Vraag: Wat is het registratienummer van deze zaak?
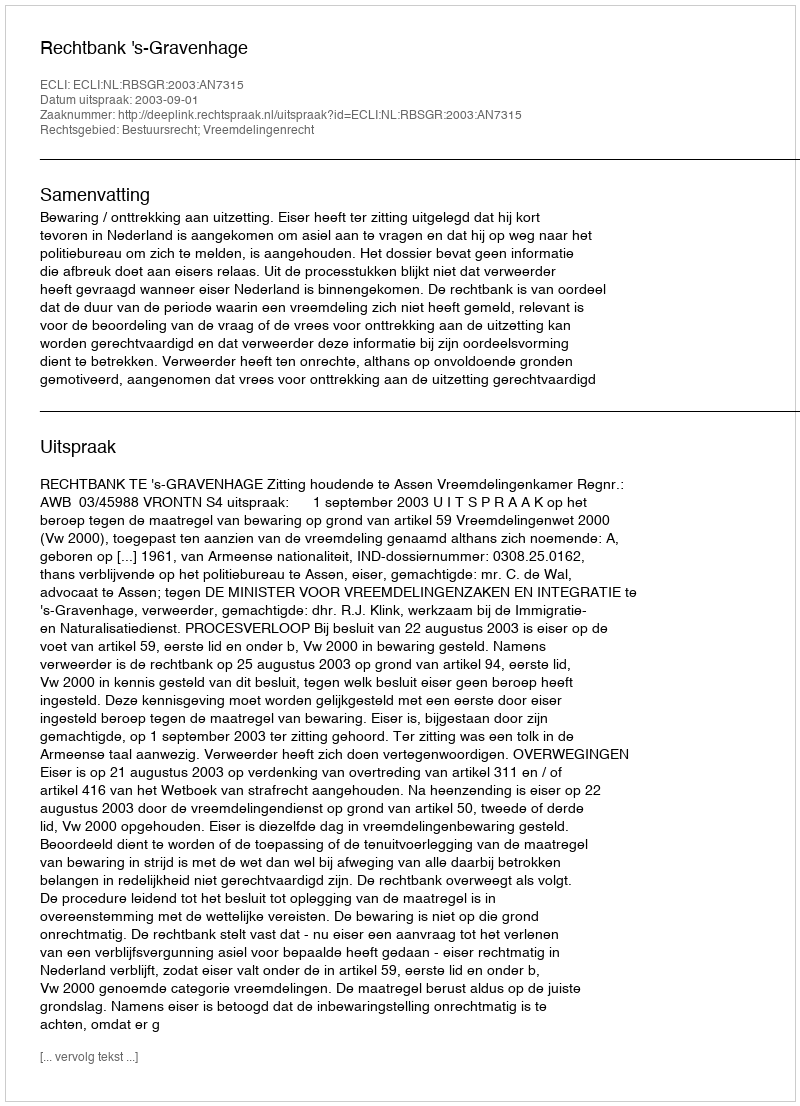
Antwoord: http://deeplink.rechtspraak.nl/uitspraak?id=ECLI:NL:RBSGR:2003:AN7315